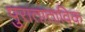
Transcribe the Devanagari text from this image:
पुराताताविक